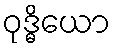
ဝုဒ္ဓိယော